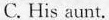
C. His aunt.